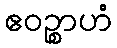
ဧဝဉ္စာဟံ